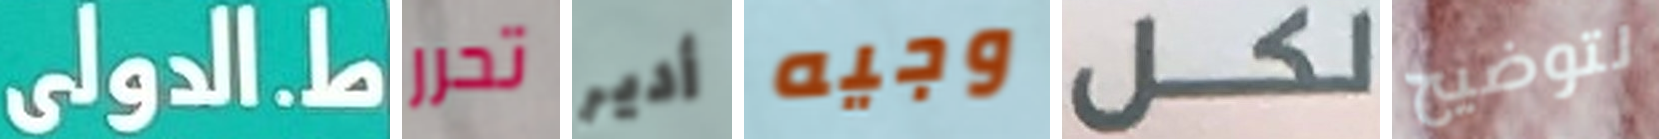
ط.الدولى تحرر أدير وجيه لكل لتوضيح